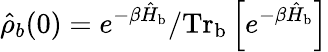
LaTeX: \hat{\rho}_{b}(0)=e^{-\beta\hat{H}_{\mathrm{b}}}/\mathrm{Tr}_{\mathrm{b}}\left[e^{-\beta\hat{H}_{\mathrm{b}}}\right]